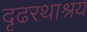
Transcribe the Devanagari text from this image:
दृढरथाश्रय